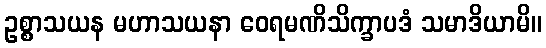
ဥစ္စာသယန မဟာသယနာ ဝေရမဏိသိက္ခာပဒံ သမာဒိယာမိ။